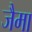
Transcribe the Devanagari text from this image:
जैमा